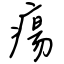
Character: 瘍